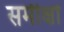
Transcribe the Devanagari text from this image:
समीक्षों